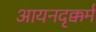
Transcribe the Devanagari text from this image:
आयनदृक्कर्म